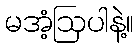
မအံ့ဩပါနဲ့။